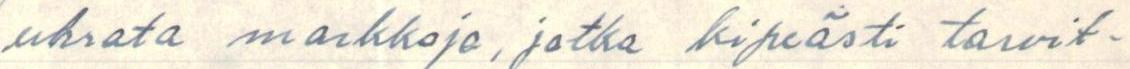
uhrata markkoja, jotka kipeästi tarvit-